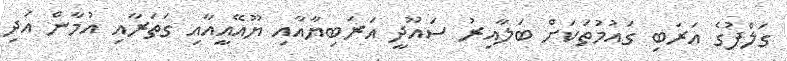
ގަލްފުގެ އަރަބި ގައުމުތަކަށް ބަލާއިރު ސައޫދީ އަރަބިޔާއާއި ޔޫއޭއީއާއި ގަތަރާއި އުމާން އަދި